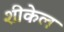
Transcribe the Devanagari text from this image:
शीकेल